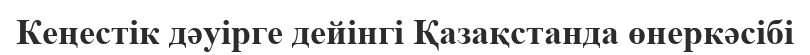
Кеңестік дәуірге дейінгі Қазақстанда өнеркәсібі